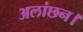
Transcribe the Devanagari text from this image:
अलांछन।